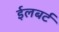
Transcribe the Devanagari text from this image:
ईलबर्ट